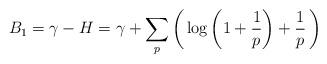
LaTeX: \begin{align*}B_1=\gamma-H=\gamma+\sum_{p}\left(\,\log \left( 1+\dfrac{1}{p} \right)+\dfrac{1}{p}\,\right)\end{align*}